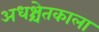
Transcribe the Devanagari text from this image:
अधश्चेतकाला